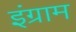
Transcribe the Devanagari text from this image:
इंग्राम